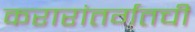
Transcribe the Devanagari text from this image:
करारांतर्गतची